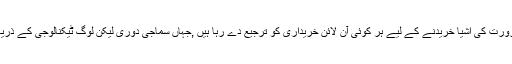
اس نازک صورت حال میں ضرورت کی اشیا خریدنے کے لیے ہر کوئی آن لائن خریداری کو ترجیع دے رہا ہیں ,جہاں سماجی دوری لیکن لوگ ٹیکنالوجی کے ذریعے مارکیٹس سے منسلک ہے ۔